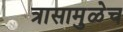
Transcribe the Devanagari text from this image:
त्रासामुळेच